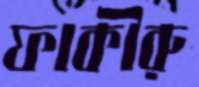
ফাকীরু